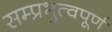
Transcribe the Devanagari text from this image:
सम्प्रभुत्वपूर्ण